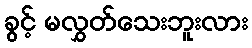
ခွင့် မလွှတ်သေးဘူးလား